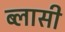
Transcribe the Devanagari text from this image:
ब्लासी